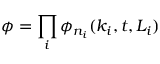
\phi = \prod _ { i } \phi _ { n _ { i } } ( k _ { i } , t , L _ { i } )